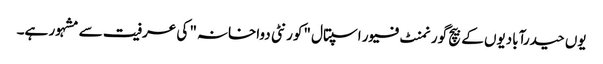
یوں حیدرآبادیوں کے بیچ گورنمنٹ فیور اسپتال "کورنٹی دواخانہ" کی عرفیت سے مشہور ہے۔